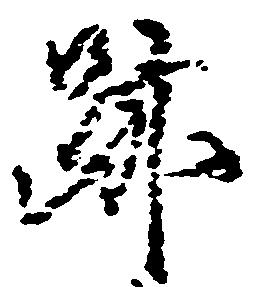
跡